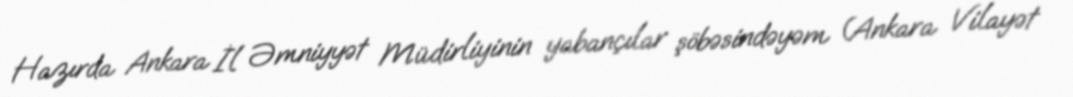
Hazırda Ankara İl Əmniyyət Müdirliyinin yabançılar şöbəsindəyəm (Ankara Vilayət